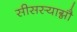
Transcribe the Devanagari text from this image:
सीसस्याग्नौ